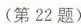
(第22题)